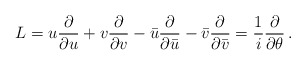
\begin{align*}L = u {\partial \over \partial u} + v { \partial \over \partial v}- \bar u {\partial \over \partial \bar u } - \bar v {\partial \over \partial \bar v }={1\over i} {\partial \over {\partial \theta}}\,.\end{align*}